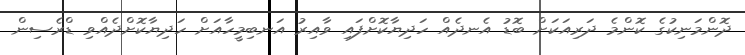
ދޮންމަނިކުގެ ކޮންމެ ދަރިއަކަށް ބޮޑު އެނދެއް ހަދިޔާކޮށްފައި ވާއިރު އަނބިމީހާއަށް ހަދިޔާކޮށްދެއްވި ޑްރެސިން